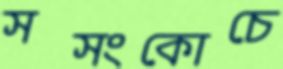
সসংকোচে